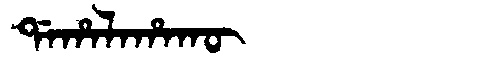
Manchu: ᡩᠠᡥᠠᠯᠠᡥᠠᡴᡡ
Romanization: DAHALAHAKŪ